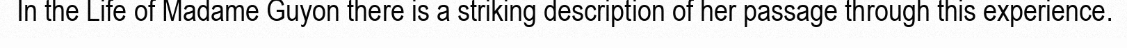
In the Life of Madame Guyon there is a striking description of her passage through this experience.